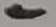
Text: 1